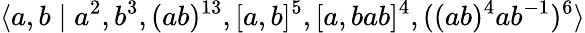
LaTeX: \langle a,b\mid a^{2},b^{3},(ab)^{13},[a,b]^{5},[a,bab]^{4},((ab)^{4}ab^{-1})^{6}\rangle